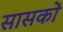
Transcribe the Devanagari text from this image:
सासकों